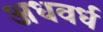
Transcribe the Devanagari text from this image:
अधवर्ध